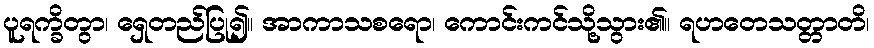
ပူရက္ခိတွာ၊ ရှေတည်ပြု၍။ အာကာသစရော၊ ကောင်းကင်သို့သွား၏။ ရဟတေသတ္တာတိ၊